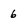
Character: 6